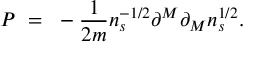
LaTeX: P ~ = ~ - \frac { 1 } { 2 m } n _ { s } ^ { - 1 / 2 } \partial ^ { M } \partial _ { M } n _ { s } ^ { 1 / 2 } .